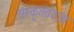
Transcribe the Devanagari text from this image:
संस्कृततज्ज्ञ